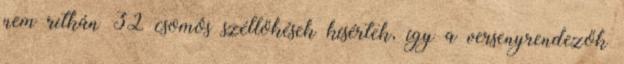
nem ritkán 32 csomós széllökések kísértek, így a versenyrendezők